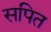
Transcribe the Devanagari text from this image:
सपित